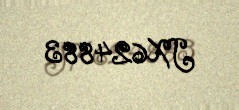
JX624883